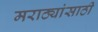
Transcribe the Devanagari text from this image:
मराठ्यांसाठी